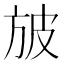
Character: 𣃣